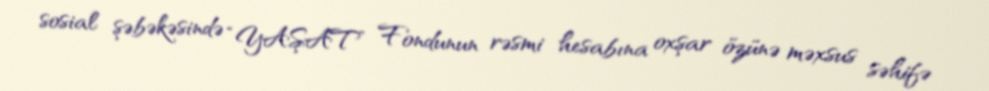
sosial şəbəkəsində “YAŞAT” Fondunun rəsmi hesabına oxşar özünə məxsus səhifə